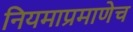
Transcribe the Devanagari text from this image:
नियमाप्रमाणेच